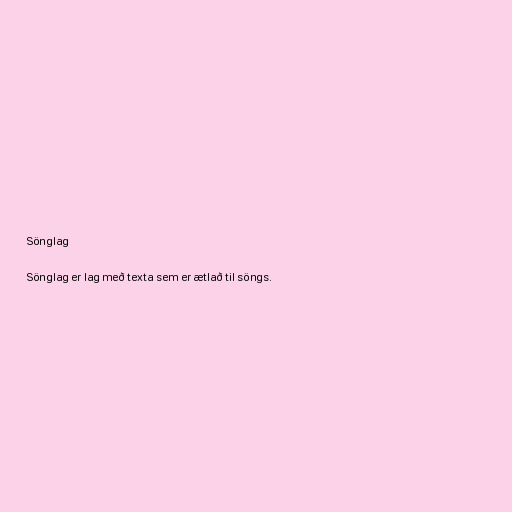
Sönglag

Sönglag er lag með texta sem er ætlað til söngs.